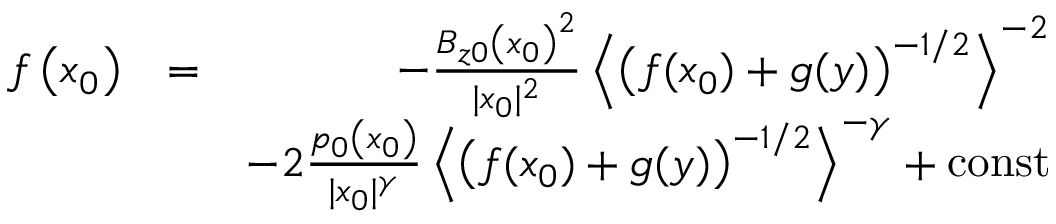
\begin{array} { r l r } { f \left( x _ { 0 } \right) } & { = } & { - \frac { B _ { z 0 } \left( x _ { 0 } \right) ^ { 2 } } { | x _ { 0 } | ^ { 2 } } \left\langle \left( f ( x _ { 0 } ) + g ( y ) \right) ^ { - 1 / 2 } \right\rangle ^ { - 2 } } \\ & { } & { - 2 \frac { p _ { 0 } \left( x _ { 0 } \right) } { | x _ { 0 } | ^ { \gamma } } \left\langle \left( f ( x _ { 0 } ) + g ( y ) \right) ^ { - 1 / 2 } \right\rangle ^ { - \gamma } + \mathrm { c o n s t } } \end{array}